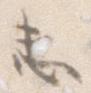
し